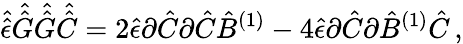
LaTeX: \hat{\hat{\epsilon}}\hat{\hat{G}}\hat{\hat{G}}\hat{\hat{C}}=2\hat{\epsilon}\partial\hat{C}\partial\hat{C}\hat{B}^{(1)}-4\hat{\epsilon}\partial\hat{C}\partial\hat{B}^{(1)}\hat{C}\, ,